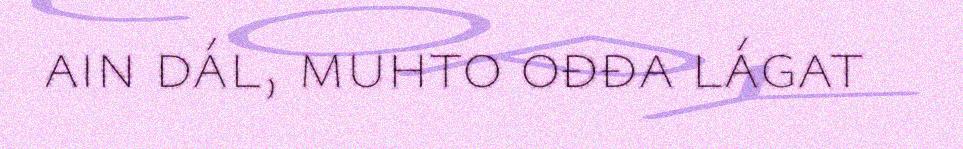
ain dál, muhto ođđa lágat